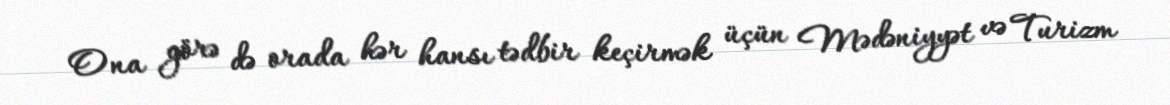
Ona görə də orada hər hansı tədbir keçirmək üçün Mədəniyyət və Turizm